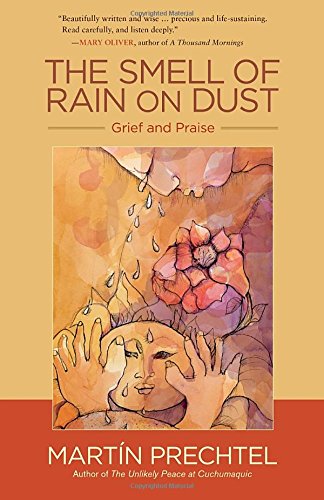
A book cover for The Smell of Rain on Dust: Grief and Praise; MartÃ­n Prechtel; Self-Help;